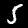
Digit: 5